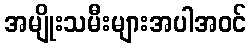
အမျိုးသမီးများအပါအဝင်